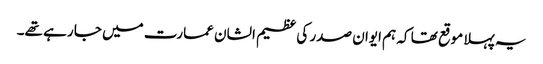
یہ پہلا موقع تھا کہ ہم ایوان صدر کی عظیم الشان عمارت میں جا رہے تھے۔